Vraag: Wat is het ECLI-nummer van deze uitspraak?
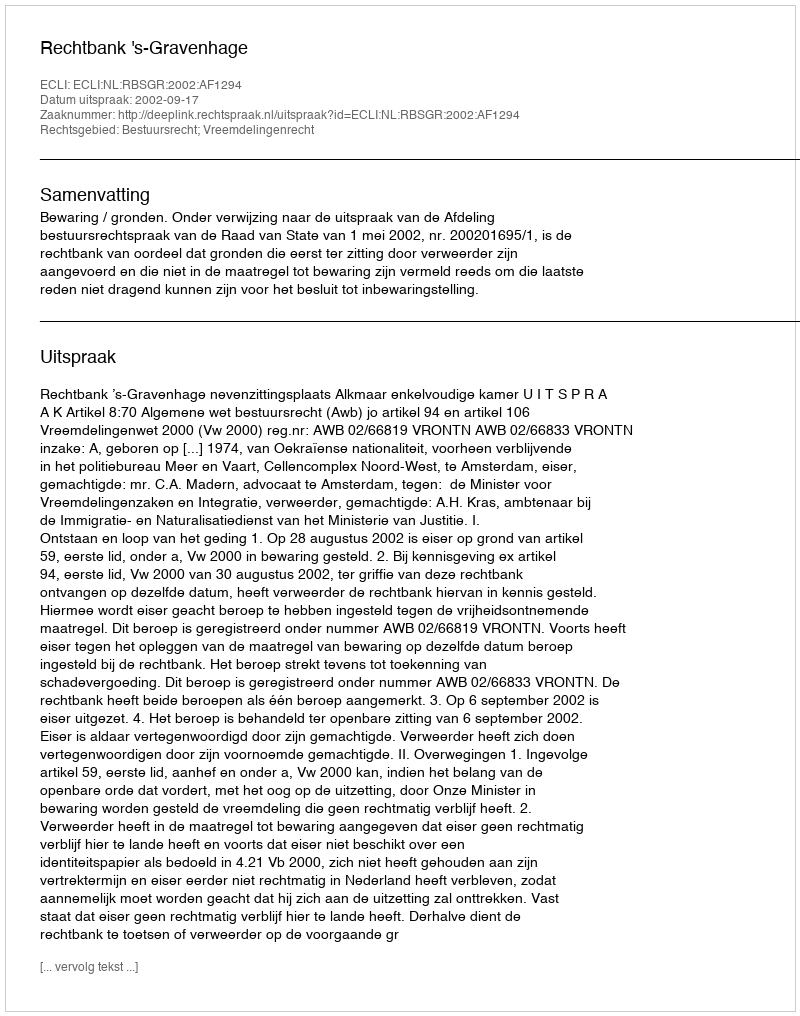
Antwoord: ECLI:NL:RBSGR:2002:AF1294